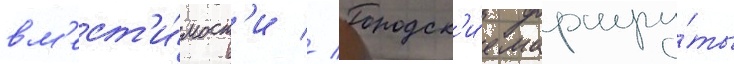
вм'ест'и́мост'и // Городск'и́е маршру́ты